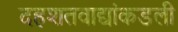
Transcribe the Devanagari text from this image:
दहशतवाद्यांकडली